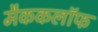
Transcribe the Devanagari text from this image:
मैककलॉफ